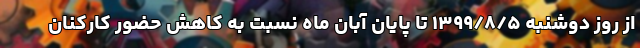
از روز دوشنبه ۱۳۹۹/۸/۵ تا پایان آبان ماه نسبت به کاهش حضور کارکنان